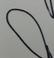
Signature authenticity: forged